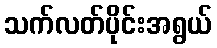
သက်လတ်ပိုင်းအရွယ်